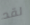
لقد